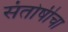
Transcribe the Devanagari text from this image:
संतोषीचा